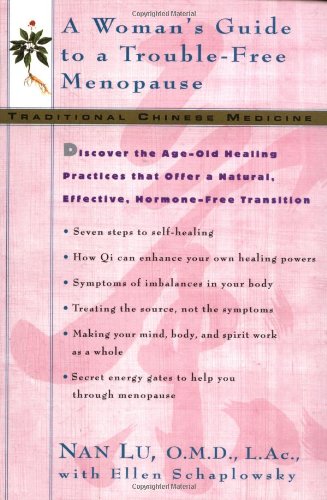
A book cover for TCM: A Woman's Guide to a Trouble-Free Menopause; Nan Lu; Health, Fitness & Dieting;